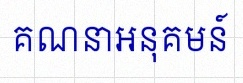
គណនាអនុគមន៍